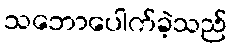
သဘောပေါက်ခဲ့သည်